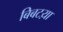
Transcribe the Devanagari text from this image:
बिबटय़ा